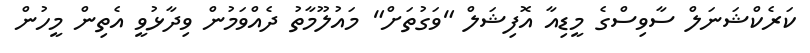
ކަރެކްޝަނަލް ސާވިސްގެ މީޑިއާ އޮފިޝަލް "ވަގުތަށް" މައުލޫމާތު ދެއްވަމުން ވިދާޅުވީ އެތިން މީހުން